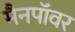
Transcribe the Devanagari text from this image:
मैनपॉवर